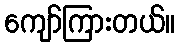
ကျော်ကြားတယ်။